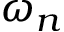
\omega _ { n }